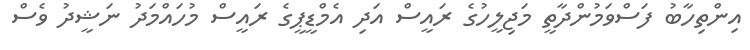
އިންތިހާބު ފަސްވަމުންދާތީ މަޖިލީހުގެ ރައީސް އަދި އެމްޑީޕީގެ ރައީސް މުހައްމަދު ނަޝީދު ވެސް